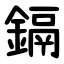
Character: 鎘